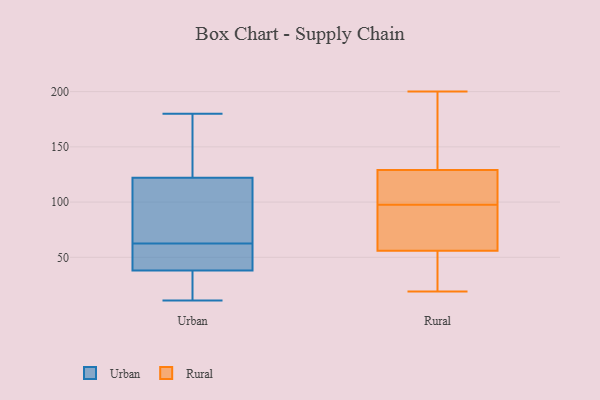
{"axis": {"x": "Active Users", "y": "Value"}, "legend": ["Rural", "Urban"], "data": [{"x": "", "y": 180, "type": "Urban"}, {"x": "", "y": 122, "type": "Urban"}, {"x": "", "y": 55, "type": "Urban"}, {"x": "", "y": 175, "type": "Urban"}, {"x": "", "y": 110, "type": "Urban"}, {"x": "", "y": 35, "type": "Urban"}, {"x": "", "y": 38, "type": "Urban"}, {"x": "", "y": 64, "type": "Urban"}, {"x": "", "y": 49, "type": "Urban"}, {"x": "", "y": 14, "type": "Urban"}, {"x": "", "y": 61, "type": "Urban"}, {"x": "", "y": 137, "type": "Urban"}, {"x": "", "y": 79, "type": "Urban"}, {"x": "", "y": 21, "type": "Urban"}, {"x": "", "y": 47, "type": "Urban"}, {"x": "", "y": 11, "type": "Urban"}, {"x": "", "y": 152, "type": "Urban"}, {"x": "", "y": 78, "type": "Urban"}, {"x": "", "y": 30, "type": "Rural"}, {"x": "", "y": 61, "type": "Rural"}, {"x": "", "y": 182, "type": "Rural"}, {"x": "", "y": 62, "type": "Rural"}, {"x": "", "y": 200, "type": "Rural"}, {"x": "", "y": 123, "type": "Rural"}, {"x": "", "y": 126, "type": "Rural"}, {"x": "", "y": 112, "type": "Rural"}, {"x": "", "y": 61, "type": "Rural"}, {"x": "", "y": 83, "type": "Rural"}, {"x": "", "y": 150, "type": "Rural"}, {"x": "", "y": 129, "type": "Rural"}, {"x": "", "y": 25, "type": "Rural"}, {"x": "", "y": 122, "type": "Rural"}, {"x": "", "y": 19, "type": "Rural"}, {"x": "", "y": 129, "type": "Rural"}, {"x": "", "y": 56, "type": "Rural"}, {"x": "", "y": 29, "type": "Rural"}]}